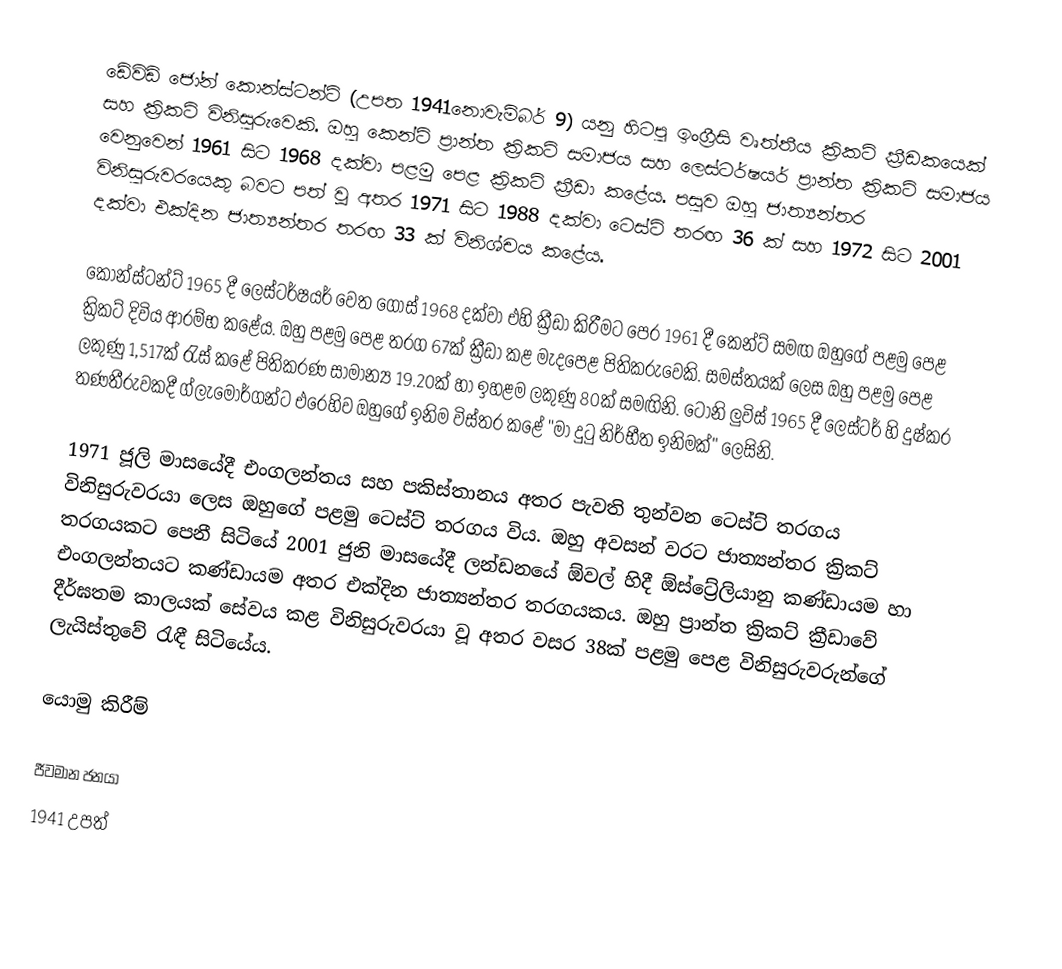
ඩේවිඩ් ජෝන් කොන්ස්ටන්ට් (උපත 1941නොවැම්බර් 9) යනු හිටපු ඉංග්‍රීසි වෘත්තීය ක්‍රිකට් ක්‍රීඩකයෙක් සහ ක්‍රිකට් විනිසුරුවෙකි. ඔහු කෙන්ට් ප්‍රාන්ත ක්‍රිකට් සමාජය සහ ලෙස්ටර්ෂයර් ප්‍රාන්ත ක්‍රිකට් සමාජය වෙනුවෙන් 1961 සිට 1968 දක්වා පළමු පෙළ ක්‍රිකට් ක්‍රීඩා කළේය. පසුව ඔහු ජාත්‍යන්තර විනිසුරුවරයෙකු බවට පත් වූ අතර 1971 සිට 1988 දක්වා ටෙස්ට් තරඟ 36 ක් සහ 1972 සිට 2001 දක්වා එක්දින ජාත්‍යන්තර තරඟ 33 ක් විනිශ්චය කළේය.

කොන්ස්ටන්ට් 1965 දී ලෙස්ටර්ෂයර් වෙත ගොස් 1968 දක්වා එහි ක්‍රීඩා කිරීමට පෙර 1961 දී කෙන්ට් සමඟ ඔහුගේ පළමු පෙළ ක්‍රිකට් දිවිය ආරම්භ කළේය. ඔහු පළමු පෙළ තරග 67ක් ක්‍රීඩා කළ මැදපෙළ පිතිකරුවෙකි. සමස්තයක් ලෙස ඔහු පළමු පෙළ ලකුණු 1,517ක් රැස් කළේ පිතිකරණ සාමාන්‍ය 19.20ක් හා ඉහළම ලකුණු 80ක් සමඟිනි. ටෝනි ලුවිස් 1965 දී ලෙස්ටර් හි දුෂ්කර තණතීරුවකදී ග්ලැමෝර්ගන්ට එරෙහිව ඔහුගේ ඉනිම විස්තර කළේ "මා දුටු නිර්භීත ඉනිමක්" ලෙසිනි.

1971 ජූලි මාසයේදී එංගලන්තය සහ පකිස්තානය අතර පැවති තුන්වන ටෙස්ට් තරගය විනිසුරුවරයා ලෙස ඔහුගේ පළමු ටෙස්ට් තරගය විය. ඔහු අවසන් වරට ජාත්‍යන්තර ක්‍රිකට් තරගයකට පෙනී සිටියේ 2001 ජුනි මාසයේදී ලන්ඩනයේ ඕවල් හිදී ඕස්ට්‍රේලියානු කණ්ඩායම හා එංගලන්තයට කණ්ඩායම අතර එක්දින ජාත්‍යන්තර තරගයකය. ඔහු ප්‍රාන්ත ක්‍රිකට් ක්‍රීඩාවේ දීර්ඝතම කාලයක් සේවය කළ විනිසුරුවරයා වූ අතර වසර 38ක් පළමු පෙළ විනිසුරුවරුන්ගේ ලැයිස්තුවේ රැඳී සිටියේය.

යොමු කිරීම්

ජීවමාන ජනයා
1941 උපත්